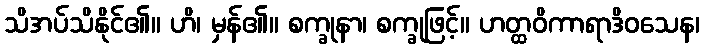
သိအပ်သိနိုင်၏။ ဟိ၊ မှန်၏။ စက္ခုနာ၊ စက္ခုဖြင့်။ ဟတ္ထဝိကာရာဒိဝသေန၊